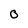
Character: O